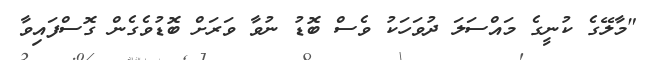
"މާލޭގެ ކުނީގެ މައްސަލަ ދުވަހަކު ވެސް ބޮޑު ނުވާ ވަރަށް ބޮޑުވެގެން ގޮސްފައިވާ